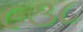
૯૩૮